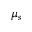
\mu _ { s }